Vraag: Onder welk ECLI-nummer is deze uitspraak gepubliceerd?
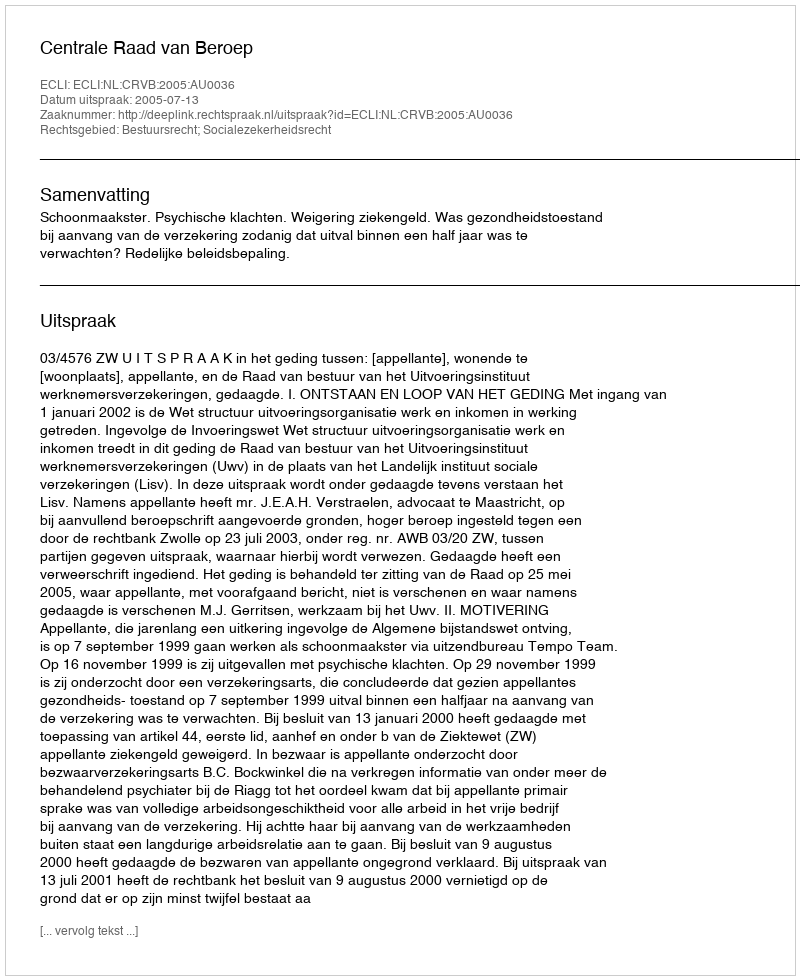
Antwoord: ECLI:NL:CRVB:2005:AU0036